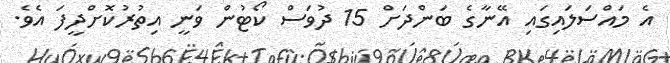
އެ މައްސަލައިގައި އޭނާގެ ބަންދަށް 15 ދުވަސް ކޯޓުން ވަނީ އިތުރުކޮށްދީފަ އެވެ.